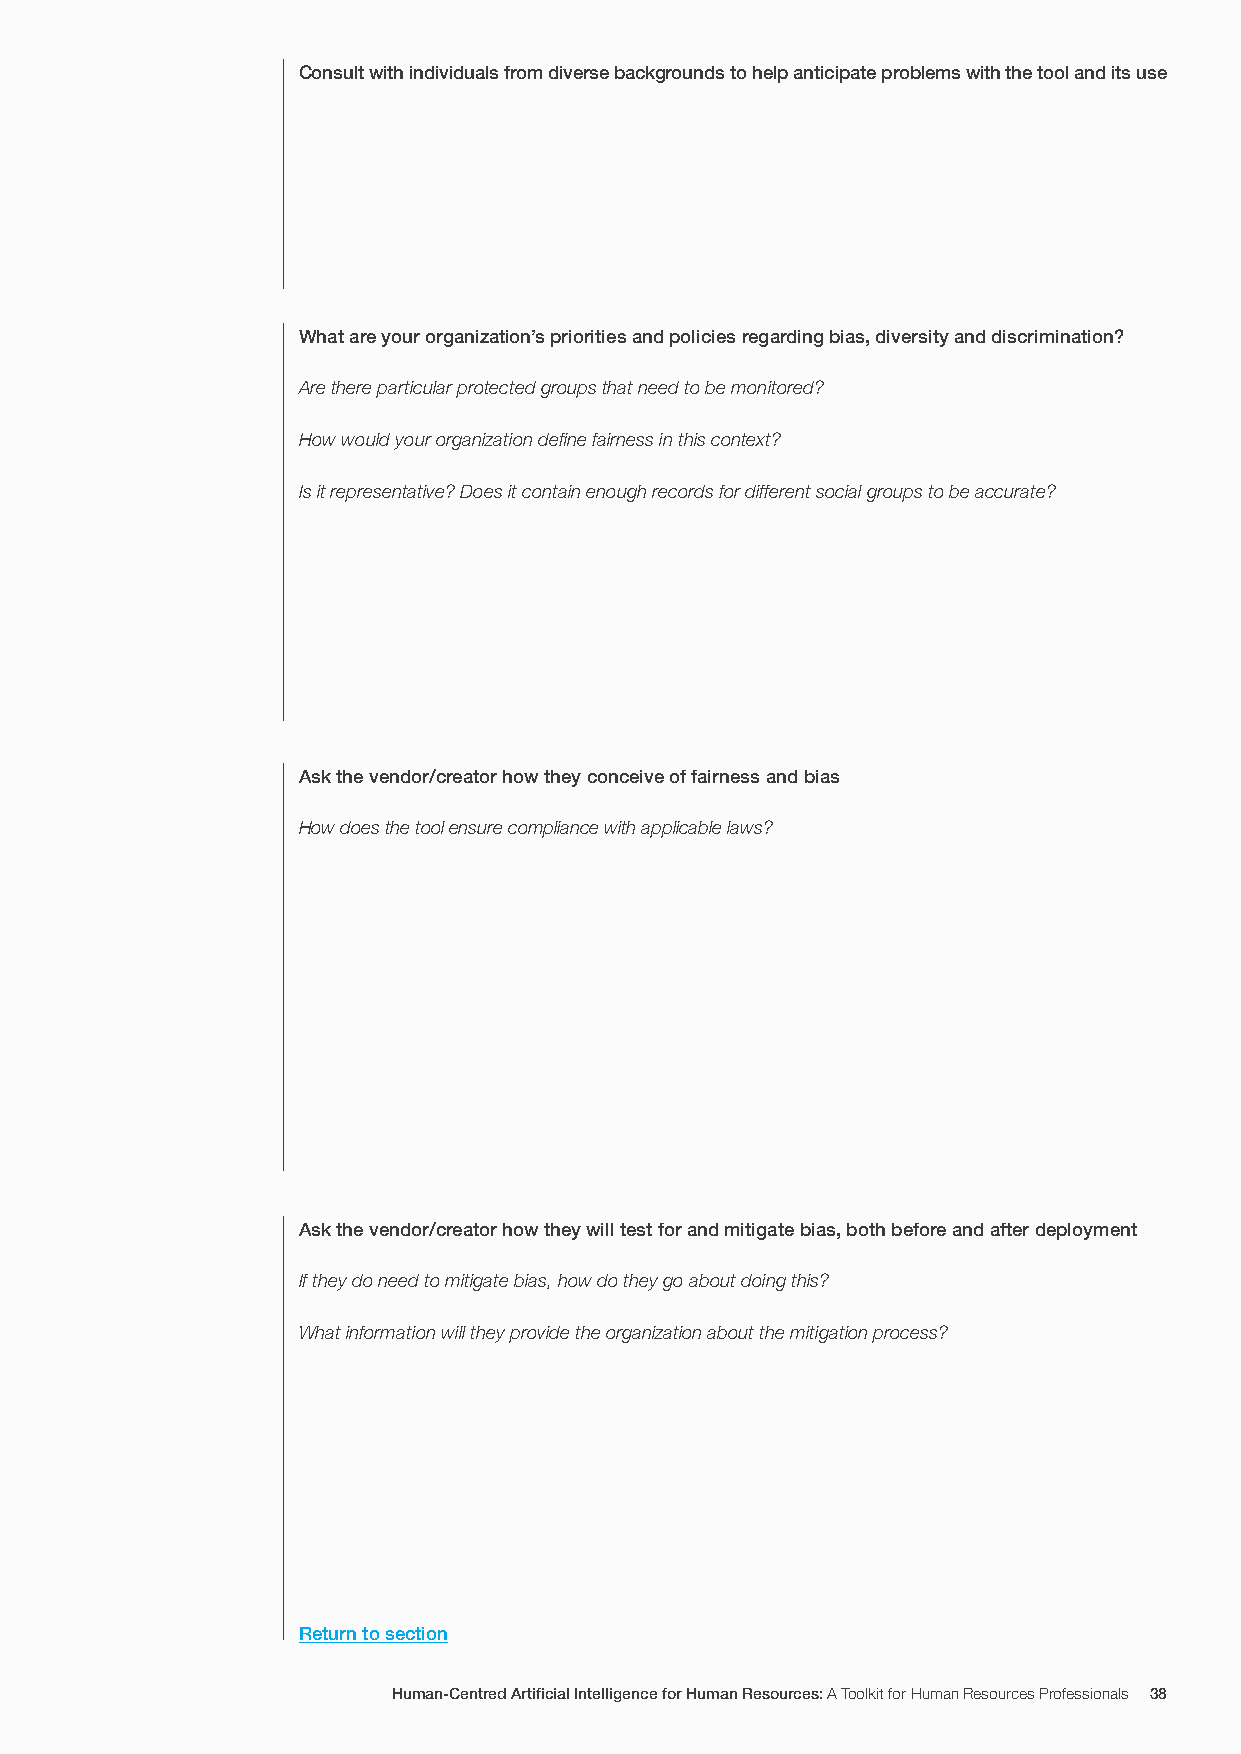
Consult with individuals from diverse backgrounds to help anticipate problems with the tool and its use
 What are your organization’s priorities and policies regarding bias, diversity and discrimination?
 Are there particular protected groups that need to be monitored?
 How would your organization define fairness in this context?
 Is it representative? Does it contain enough records for different social groups to be accurate?
 Ask the vendor/creator how they conceive of fairness and bias
 How does the tool ensure compliance with applicable laws?
 Ask the vendor/creator how they will test for and mitigate bias, both before and after deployment
 If they do need to mitigate bias, how do they go about doing this?
 What information will they provide the organization about the mitigation process?
 Return to section
 Human-Centred Artificial Intelligence for Human Resources: A Toolkit for Human Resources Professionals 38